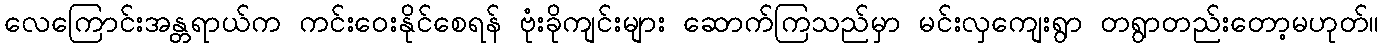
လေကြောင်းအန္တရာယ်က ကင်းဝေးနိုင်စေရန် ဗုံးခိုကျင်းများ ဆောက်ကြသည်မှာ မင်းလှကျေးရွာ တရွာတည်းတော့မဟုတ်။